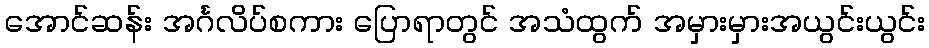
အောင်ဆန်း အင်္ဂလိပ်စကား ပြောရာတွင် အသံထွက် အမှားမှားအယွင်းယွင်း